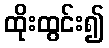
ထိုးထွင်း၍